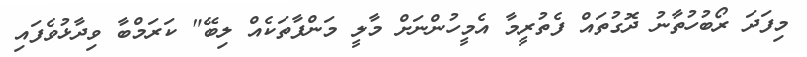
މިފަދަ ރޯބުހުތާނު ދޮގުތައް ފެތުރީމާ އެމީހުންނަށް މާލީ މަންފާތަކެއް ލިބޭ" ކަރަމްބާ ވިދާޅުވެފައި